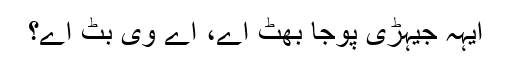
ایہہ جیہڑی پوجا بھٹ اے، اے وی بٹ اے؟